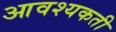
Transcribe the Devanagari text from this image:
आवश्यकती